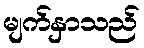
မျက်နှာသည်